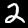
Digit: 2